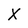
Character: X